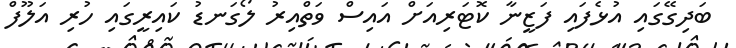
ބަދިގޭގައި އުޅެފައި ފަޒީނާ ކޮޓަރިއަށް އައިސް ވަތްއިރު ލޯގަނޑު ކައިރީގައި ހުރި އަލޫފް